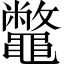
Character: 鼈